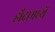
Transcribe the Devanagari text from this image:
हौदामध्यें